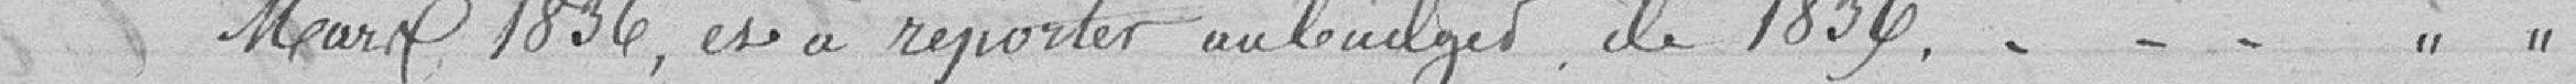
Mars 1836, et à reporter au budget de 1836. . . . .  " "